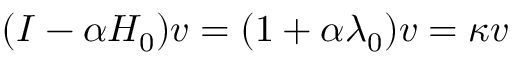
( I - \alpha H _ { 0 } ) v = ( 1 + \alpha \lambda _ { 0 } ) v = \kappa v